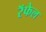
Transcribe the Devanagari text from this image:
रॅफेल